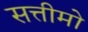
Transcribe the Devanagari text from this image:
सत्तीमो